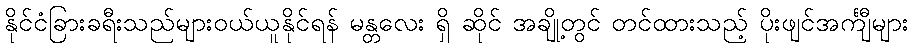
နိုင်ငံခြားခရီးသည်များဝယ်ယူနိုင်ရန် မန္တလေး ရှိ ဆိုင် အချို့တွင် တင်ထားသည့် ပိုးဖျင်အင်္ကျီများ